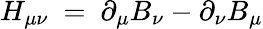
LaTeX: H_{\mu\nu}\ =\ \partial_{\mu}B_{\nu}-\partial_{\nu}B_{\mu}